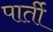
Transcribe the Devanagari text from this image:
पार्ती